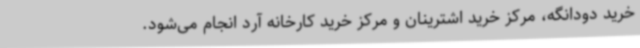
خرید دودانگه، مرکز خرید اشترینان و مرکز خرید کارخانه آرد انجام می‌شود.